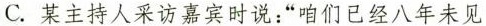
C.某主持人采访嘉宾时说：”咱们已经八年未见